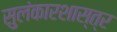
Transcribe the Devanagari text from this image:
सुलंकारशास्त्र